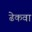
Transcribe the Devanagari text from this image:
ढेकवा